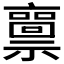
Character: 𥜘